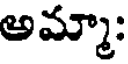
అమ్మా: